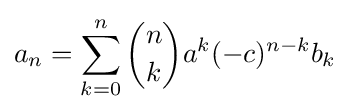
a_{n}=\sum _{k=0}^{n}{\binom {n}{k}}a^{k}(-c)^{n-k}b_{k}